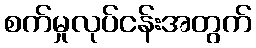
စက်မှုလုပ်ငန်းအတွက်